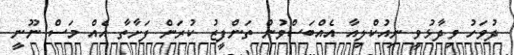
ދުވަހު ވިދާޅުވީ ނިއުކްލިއާ އެއްބަސްވުން ތަންފީޒު ކުރަން ފަށާތާ އެއް މަސް ނޫނީ